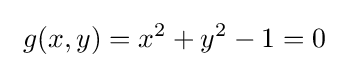
\ g(x,y)=x^{2}+y^{2}-1=0~